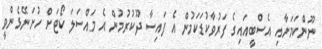
ނޫންކަމަށާއި އެސްބީއައިގެ ފަރުވާކުޑަކަމުން އެ ފައިސާ ދޫކުރުމުން އެ މައްސަލަ ކޯޓަށް ހުށަނޭޅެންވީ